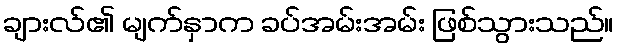
ချားလ်၏ မျက်နှာက ခပ်အမ်းအမ်း ဖြစ်သွားသည်။